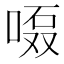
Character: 𱓘